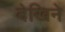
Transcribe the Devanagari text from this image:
देखिने